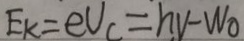
E _ { k } = e U _ { c } = h v - W _ { 0 }